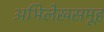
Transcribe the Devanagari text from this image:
अभिलेखसमूह